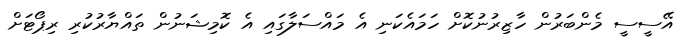
އޭސީސީ މެންބަރުން ހާޒިރުނުކޮށް ހަމައެކަނި އެ މައްސަލާގައި އެ ކޮމިޝަނުން ތައްޔާރުކުރި ރިޕޯޓަށް